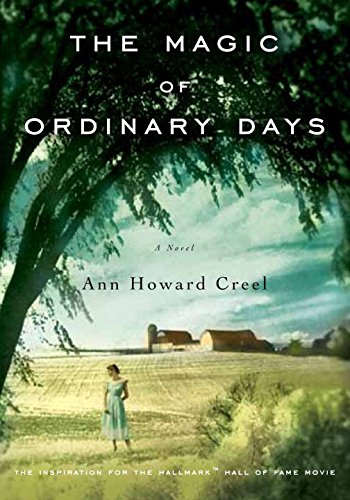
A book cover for The Magic of Ordinary Days: A Novel; Ann Howard Creel; Romance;